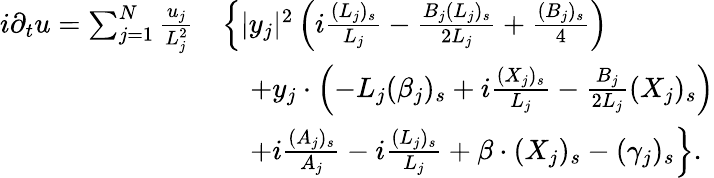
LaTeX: \begin{array}{rl}{i\partial_{t}u=\sum_{j=1}^{N}\frac{u_{j}}{L_{j}^{2}}}&{\left\{ |y_{j}|^{2}\left(i\frac{(L_{j})_{s}}{L_{j}}-\frac{B_{j}(L_{j})_{s}}{2L_{j}}+\frac{(B_{j})_{s}}{4}\right)\right.}\\ &{\quad+y_{j}\cdot\left(-L_{j}(\beta_{j})_{s}+i\frac{(X_{j})_{s}}{L_{j}}-\frac{B_{j}}{2L_{j}}(X_{j})_{s}\right)}\\ &{\quad\left.+i\frac{(A_{j})_{s}}{A_{j}}-i\frac{(L_{j})_{s}}{L_{j}}+\beta\cdot(X_{j})_{s}-(\gamma_{j})_{s}\right\} .}\end{array}